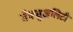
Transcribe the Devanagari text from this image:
सेक्सुअलिटी